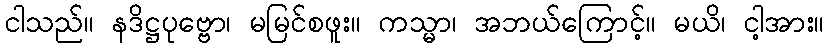
ငါသည်။ နဒိဋ္ဌပုဗ္ဗော၊ မမြင်စဖူး။ ကသ္မာ၊ အဘယ်ကြောင့်။ မယိ၊ ငါ့အား။